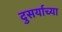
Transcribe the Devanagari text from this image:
दुसर्याच्या